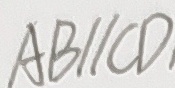
A B / / C D